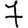
Digit: 7